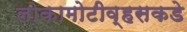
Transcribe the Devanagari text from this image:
लोकामोटीव्हसकडे